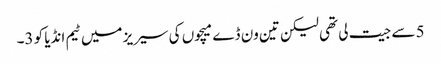
5 سے جیت لی تھی لیکن تین ون ڈے میچوں کی سیریز میں ٹیم انڈیا کو 3۔